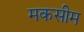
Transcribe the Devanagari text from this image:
मकसीम